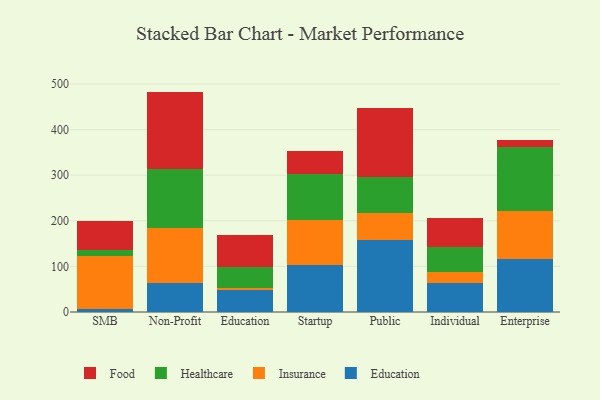
{"axis": {"x": "Segment", "y": "Operating Costs (USD K)"}, "legend": ["Education", "Food", "Healthcare", "Insurance"], "data": [{"x": "SMB", "y": 6.1, "type": "Education"}, {"x": "SMB", "y": 117.4, "type": "Insurance"}, {"x": "SMB", "y": 11.9, "type": "Healthcare"}, {"x": "SMB", "y": 64.0, "type": "Food"}, {"x": "Non-Profit", "y": 64.1, "type": "Education"}, {"x": "Non-Profit", "y": 119.1, "type": "Insurance"}, {"x": "Non-Profit", "y": 131.3, "type": "Healthcare"}, {"x": "Non-Profit", "y": 168.9, "type": "Food"}, {"x": "Education", "y": 47.3, "type": "Education"}, {"x": "Education", "y": 5.7, "type": "Insurance"}, {"x": "Education", "y": 44.7, "type": "Healthcare"}, {"x": "Education", "y": 70.2, "type": "Food"}, {"x": "Startup", "y": 103.6, "type": "Education"}, {"x": "Startup", "y": 97.8, "type": "Insurance"}, {"x": "Startup", "y": 100.3, "type": "Healthcare"}, {"x": "Startup", "y": 51.1, "type": "Food"}, {"x": "Public", "y": 158.2, "type": "Education"}, {"x": "Public", "y": 58.0, "type": "Insurance"}, {"x": "Public", "y": 80.3, "type": "Healthcare"}, {"x": "Public", "y": 151.5, "type": "Food"}, {"x": "Individual", "y": 64.7, "type": "Education"}, {"x": "Individual", "y": 22.7, "type": "Insurance"}, {"x": "Individual", "y": 55.2, "type": "Healthcare"}, {"x": "Individual", "y": 63.9, "type": "Food"}, {"x": "Enterprise", "y": 116.6, "type": "Education"}, {"x": "Enterprise", "y": 105.1, "type": "Insurance"}, {"x": "Enterprise", "y": 140.2, "type": "Healthcare"}, {"x": "Enterprise", "y": 15.7, "type": "Food"}]}